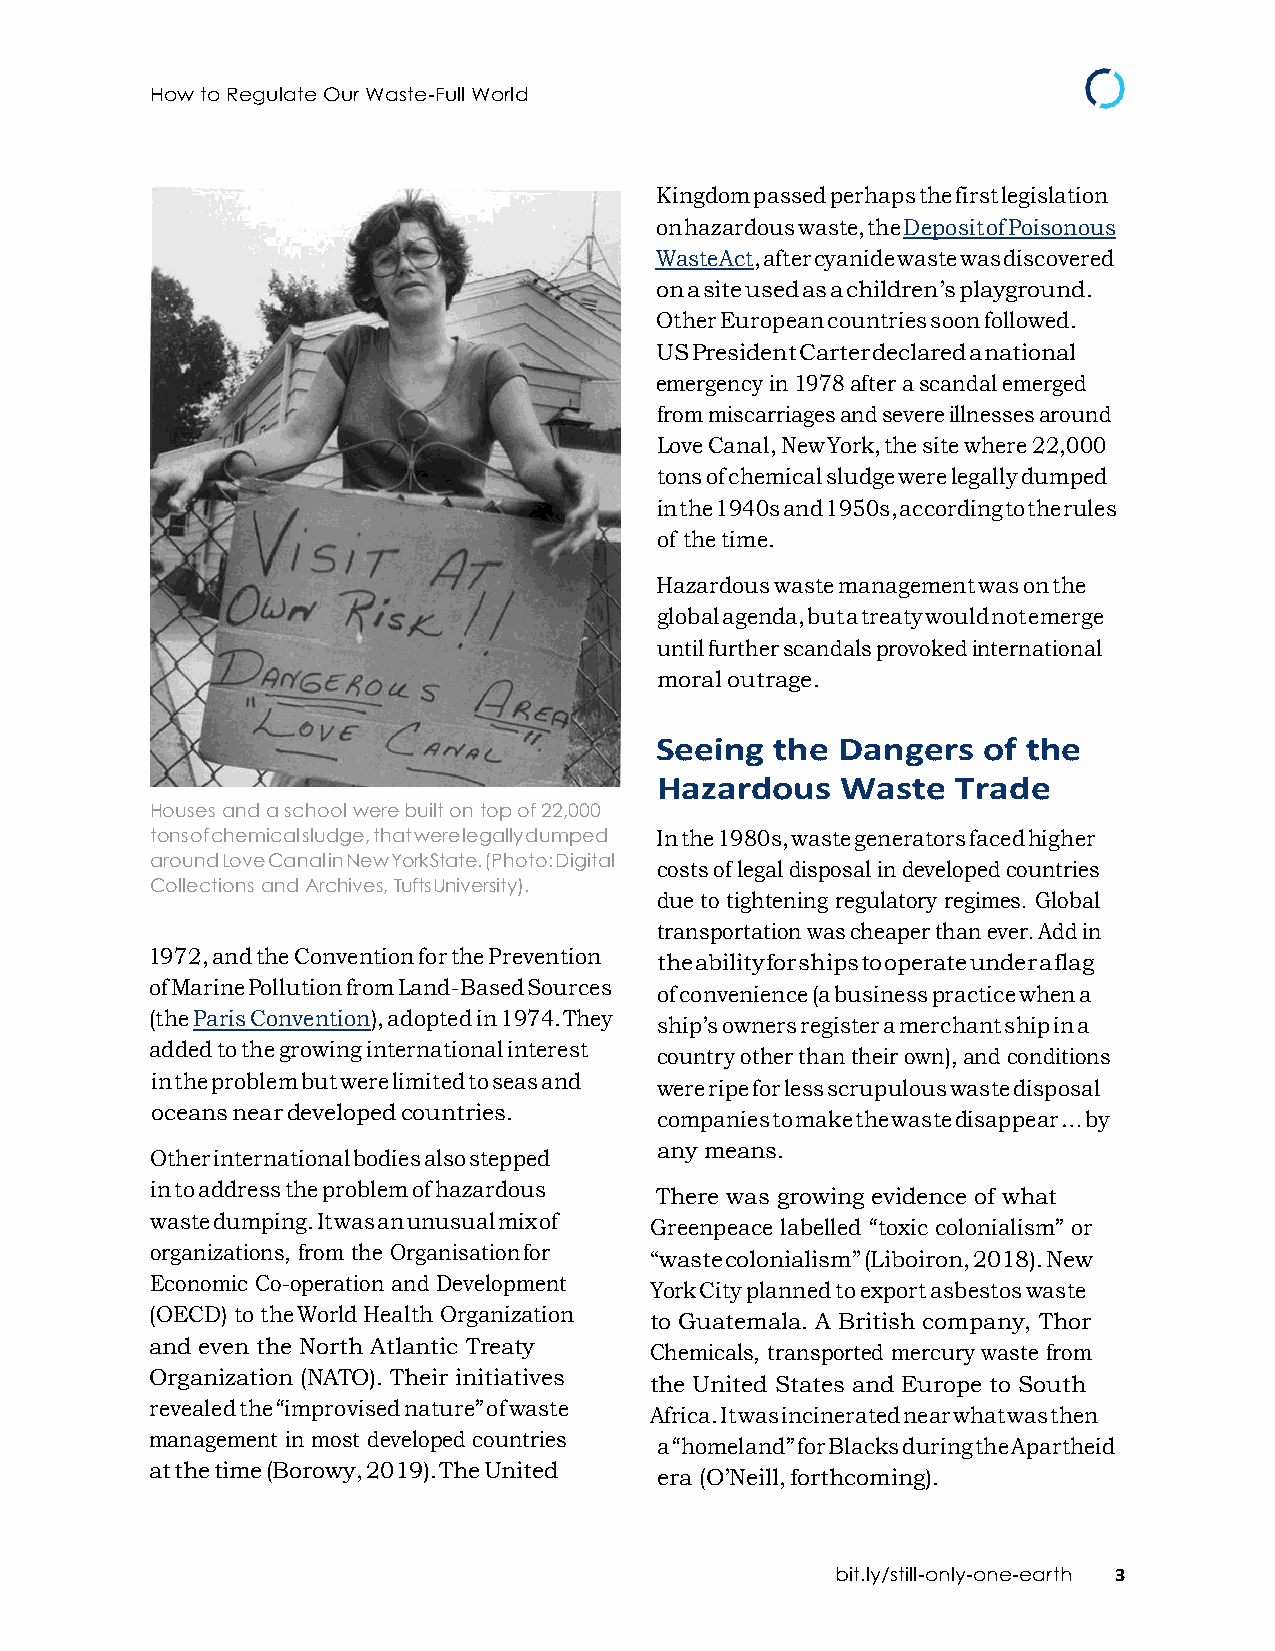
How to Regulate Our Waste-Full World
 Kingdom passed perhaps the first legislation
 on hazardous waste, the Deposit of Poisonous
 Waste Act, after cyanide waste was discovered
 on a site used as a children’s playground.
 Other European countries soon followed.
 US President Carter declared a national
 emergency in 1978 after a scandal emerged
 from miscarriages and severe illnesses around
 Love Canal, New York, the site where 22,000
 tons of chemical sludge were legally dumped
 in the 1940s and 1950s, according to the rules
 of the time.
 Hazardous waste management was on the
 global agenda, but a treaty would not emerge
 until further scandals provoked international
 moral outrage.
 Seeing  the  Dangers  of the
 Hazardous    Waste  Trade
 Houses and a school were built on top of 22,000
 tons of chemical sludge, that were legally dumped In the 1980s, waste generators faced higher
 around Love Canal in New York State. (Photo: Digital
 costs of legal disposal in developed countries
 Collections and Archives, Tufts University).
 due to tightening regulatory regimes. Global
 transportation was cheaper than ever. Add in
 1972, and the Convention for the Prevention
 the ability for ships to operate under a flag
 of Marine Pollution from Land-Based Sources
 of convenience (a business practice when a
 (the Paris Convention), adopted in 1974. They
 ship’s owners register a merchant ship in a
 added to the growing international interest
 country other than their own), and conditions
 in the problem but were limited to seas and
 were ripe for less scrupulous waste disposal
 oceans near developed countries.
 companies to make the waste disappear … by
 any means.
 Other international bodies also stepped
 in to address the problem of hazardous
 There was growing evidence of what
 waste dumping. It was an unusual mix of
 Greenpeace labelled “toxic colonialism” or
 organizations, from the Organisation for
 “waste colonialism” (Liboiron, 2018). New
 Economic Co-operation and Development
 York City planned to export asbestos waste
 (OECD) to the World Health Organization
 to Guatemala. A British company, Thor
 and even the North Atlantic Treaty
 Chemicals, transported mercury waste from
 Organization (NATO). Their initiatives
 the United States and Europe to South
 revealed the “improvised nature” of waste
 Africa. It was incinerated near what was then
 management in most developed countries
 a “homeland” for Blacks during the Apartheid
 at the time (Borowy, 2019). The United
 era (O’Neill, forthcoming).
 bit.ly/still-only-one-earth 3